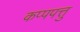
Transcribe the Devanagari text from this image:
कप्पपत्तु